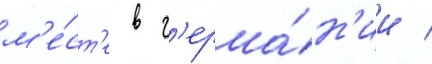
м'е́ст'е в г'ерма́н'ии /